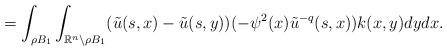
LaTeX: \begin{align*} = \int_{\rho B_{1}}\int_{\mathbb{R}^{n}\backslash \rho B_{1}}(\tilde{u}(s,x)-\tilde{u}(s,y))(-\psi^{2}(x)\tilde{u}^{-q}(s,x))k(x,y)dydx.\end{align*}